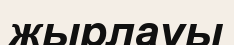
жырлауы